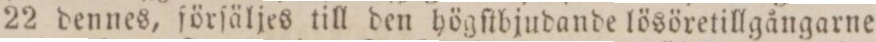
22 dennes, förſäljes till den högſtbjudande lösöretillgångarne